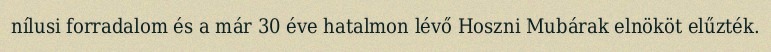
nílusi forradalom és a már 30 éve hatalmon lévő Hoszni Mubárak elnököt elűzték.